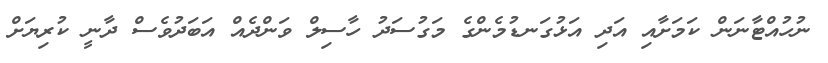
ނުހުއްޓާނަން ކަމަށާއި އަދި އަޅުގަނޑުމެންގެ މަގުސަދު ހާސިލް ވަންދެއް އަބަދުވެސް ދާނީ ކުރިޔަށް